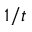
1 / t